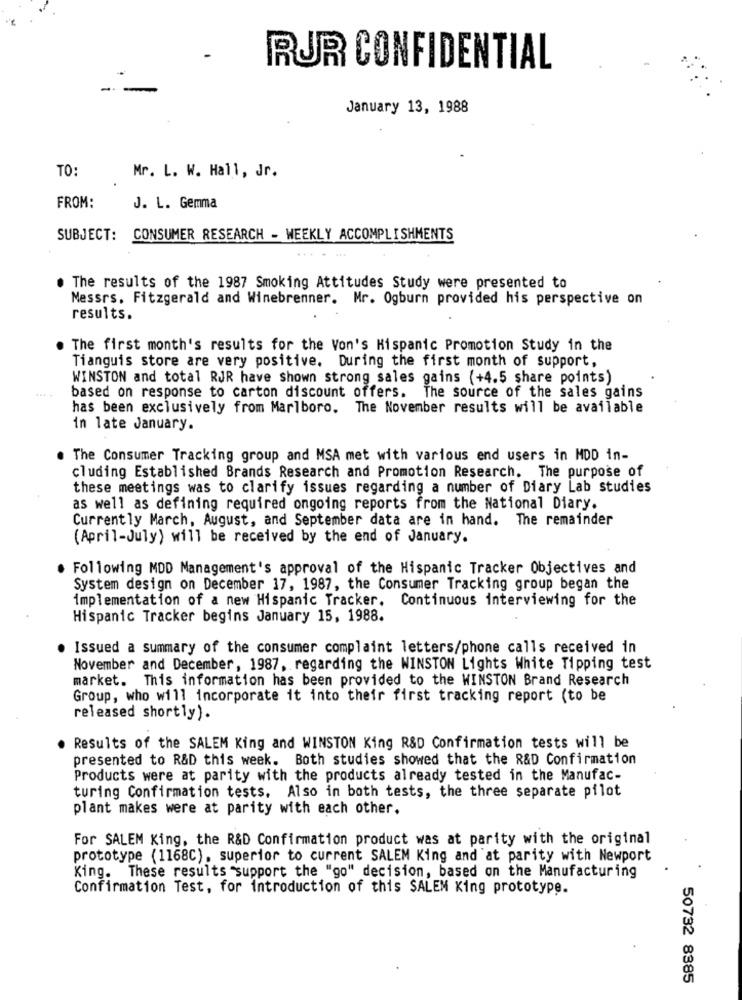
RUR CONFIDENTIAL
January 13, 1988
TO:
Mr. L. W. Hall, Jr.
FROM:
J. L. Gemma
SUBJECT: CONSUMER RESEARCH - WEEKLY ACCOMPLISHMENTS
The results of the 1987 Smoking Attitudes Study were presented to
Messrs. Fitzgerald and Winebrenner. Mr. Ogburn provided his perspective on
results.
The first month's results for the Von's Hispanic Promotion Study in the
Tianguis store are very positive. During the first month of support,
WINSTON and total RJR have shown strong sales gains (+4.5 share points)
based on response to carton discount offers. The source of the sales gains
has been exclusively from Marlboro. The November results will be available
in late January.
The Consumer Tracking group and MSA met with various end users in MDD in-
cluding Established Brands Research and Promotion Research. The purpose of
these meetings was to clarify issues regarding a number of Diary Lab studies
as well as defining required ongoing reports from the National Diary.
Currently March, August, and September data are in hand. The remainder
(April-July) will be received by the end of January.
Following MDD Management's approval of the Hispanic Tracker Objectives and
System design on December 17, 1987, the Consumer Tracking group began the
implementation of a new Hispanic Tracker. Continuous interviewing for the
Hispanic Tracker begins January 15, 1988.
Issued a summary of the consumer complaint letters/phone calls received in
November and December, 1987, regarding the WINSTON Lights White Tipping test
market. This information has been provided to the WINSTON Brand Research
Group, who will incorporate it into their first tracking report (to be
released shortly).
. Results of the SALEM King and WINSTON King R&D Confirmation tests will be
presented to R&D this week. Both studies showed that the R&D Confirmation
Products were at parity with the products already tested in the Manufac-
turing Confirmation tests. Also in both tests, the three separate pilot
plant makes were at parity with each other.
For SALEM King, the R&D Confirmation product was at parity with the original
prototype (1168C), superior to current SALEM King and at parity with Newport
King. These results "support the "go" decision, based on the Manufacturing
Confirmation Test, for introduction of this SALEN King prototype.
50732 8385